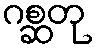
ဂစ္ဆတု